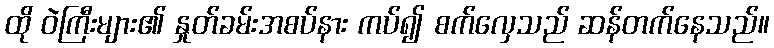
ထို ဝဲကြီးများ၏ နှုတ်ခမ်းအစပ်နား ကပ်၍ စက်လှေသည် ဆန်တက်နေသည်။